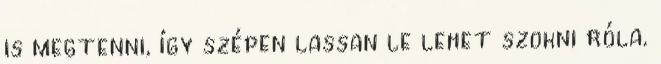
is megtenni, így szépen lassan le lehet szokni róla.